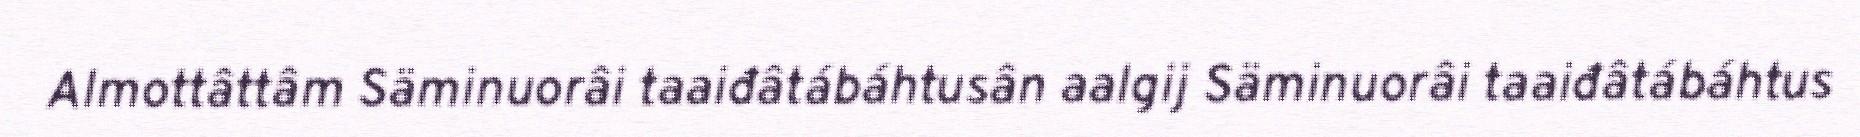
Almottâttâm Säminuorâi taaiđâtábáhtusân aalgij Säminuorâi taaiđâtábáhtus